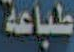
طباعة